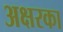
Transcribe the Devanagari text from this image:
अक्षरका